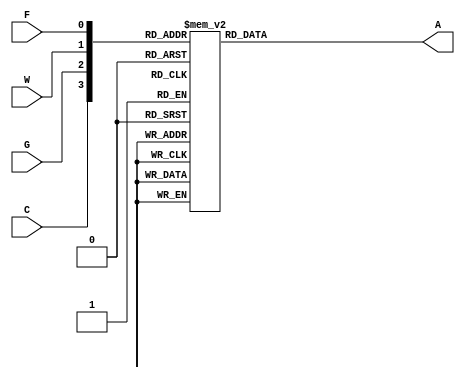
module lab4step1(C, G, W, F, A);
	input C, G, W, F;
	output reg A;
	
	always @(C or G or W or F)
	begin
		//pins assigned as (F C G W)
		case({C,G,W,F})
			4'b0000: A = 0;
			4'b0001: A = 1;
			4'b0010: A = 0;
			4'b0011: A = 1;
			4'b0100: A = 0;
			4'b0101: A = 0;
			4'b0110: A = 1;
			4'b0111: A = 0;
			4'b1000: A = 0;
			4'b1001: A = 1;
			4'b1010: A = 0;
			4'b1011: A = 0;
			4'b1100: A = 1;
			4'b1101: A = 0;
			4'b1110: A = 1;
			4'b1111: A = 0;
		endcase
	end
endmodule